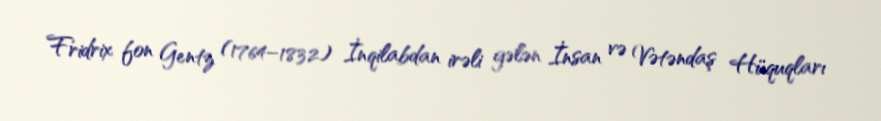
Fridrix fon Gentz (1764–1832) İnqilabdan irəli gələn İnsan və Vətəndaş Hüquqları